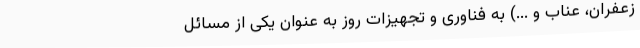
زعفران، عناب و ...) به فناوری و تجهیزات روز به عنوان یکی از مسائل